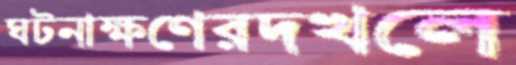
ঘটনাক্ষণেরদখলে